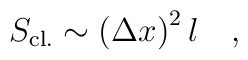
S_{\rm cl.} \sim  \left (\Delta x \right )^2 l \quad ,